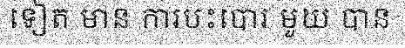
ទៀត មាន ការបះបោរ មួយ បាន